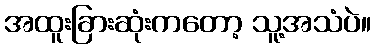
အထူးခြားဆုံးကတော့ သူ့အသံပဲ။